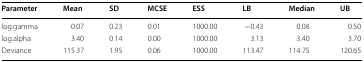
<table><thead><tr><td><b>Parameter</b></td><td><b>Mean</b></td><td><b>SD</b></td><td><b>MCSE</b></td><td><b>ESS</b></td><td><b>LB</b></td><td><b>Median</b></td><td><b>UB</b></td></tr></thead><tbody><tr><td>log.gamma</td><td>0.07</td><td>0.23</td><td>0.01</td><td>1000.00</td><td>−0.43</td><td>0.08</td><td>0.50</td></tr><tr><td>log.alpha</td><td>3.40</td><td>0.14</td><td>0.00</td><td>1000.00</td><td>3.13</td><td>3.40</td><td>3.70</td></tr><tr><td>Deviance</td><td>115.37</td><td>1.95</td><td>0.06</td><td>1000.00</td><td>113.47</td><td>114.75</td><td>120.65</td></tr></tbody></table>